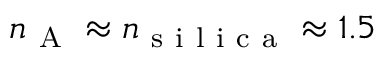
n _ { \mathrm { ~ A ~ } } \approx n _ { \mathrm { ~ s ~ i ~ l ~ i ~ c ~ a ~ } } \approx 1 . 5